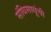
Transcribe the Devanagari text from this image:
संधिसाधूंची